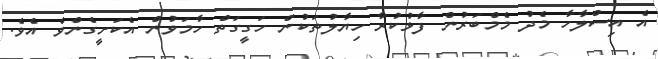
އެ އިސްލާހާ މެދު މެމްބަރުން ފާޅުކުރާ ހިޔާލުތަކުން ހަގީގަތް ހާމަވުން އެކަށީގެންވެ އެވެ.